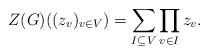
LaTeX: \begin{align*}Z(G)((z_v)_{v\in V})=\sum_{\substack{I\subseteq V\\}}\prod_{v\in I}z_v.\end{align*}